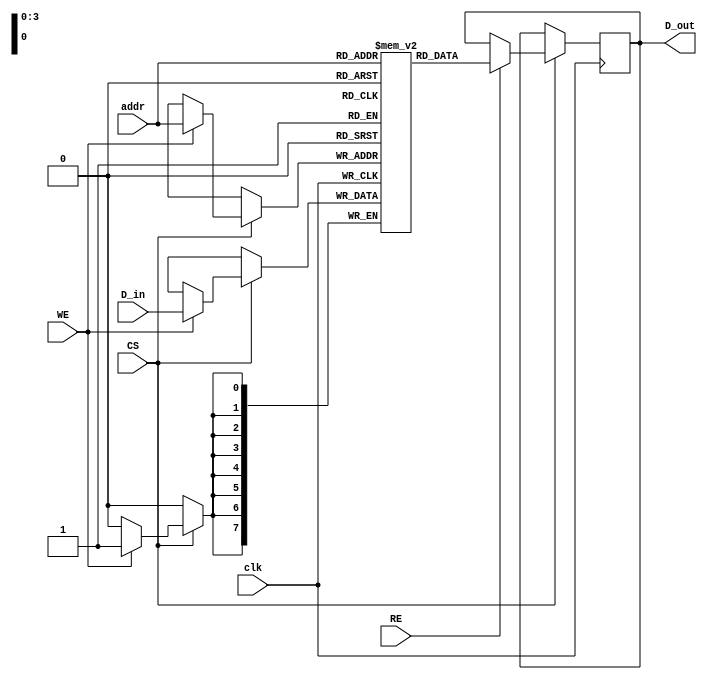
module embedded_sram #(
    parameter N = 16, // Number of memory words
    parameter M = 8    // Bits per word
)(
    input wire clk,
    input wire WE,       // Write Enable
    input wire RE,       // Read Enable
    input wire CS,       // Chip Select
    input wire [3:0] addr, // Address lines (assuming N < 16)
    input wire [M-1:0] D_in, // Data Input
    output reg [M-1:0] D_out // Data Output
);

    // Memory array
    reg [M-1:0] memory [0:N-1];

    // Read/Write operations
    always @(posedge clk) begin
        if (CS) begin
            if (WE) begin
                // Write operation
                memory[addr] <= D_in;
            end 
            if (RE) begin
                // Read operation
                D_out <= memory[addr];
            end
        end
    end
    
endmodule